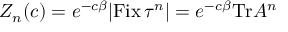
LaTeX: Z _ { n } ( c ) = e ^ { - c \beta } | { \mathrm { F i x } } \, \tau ^ { n } | = e ^ { - c \beta } { \mathrm { T r } } A ^ { n }